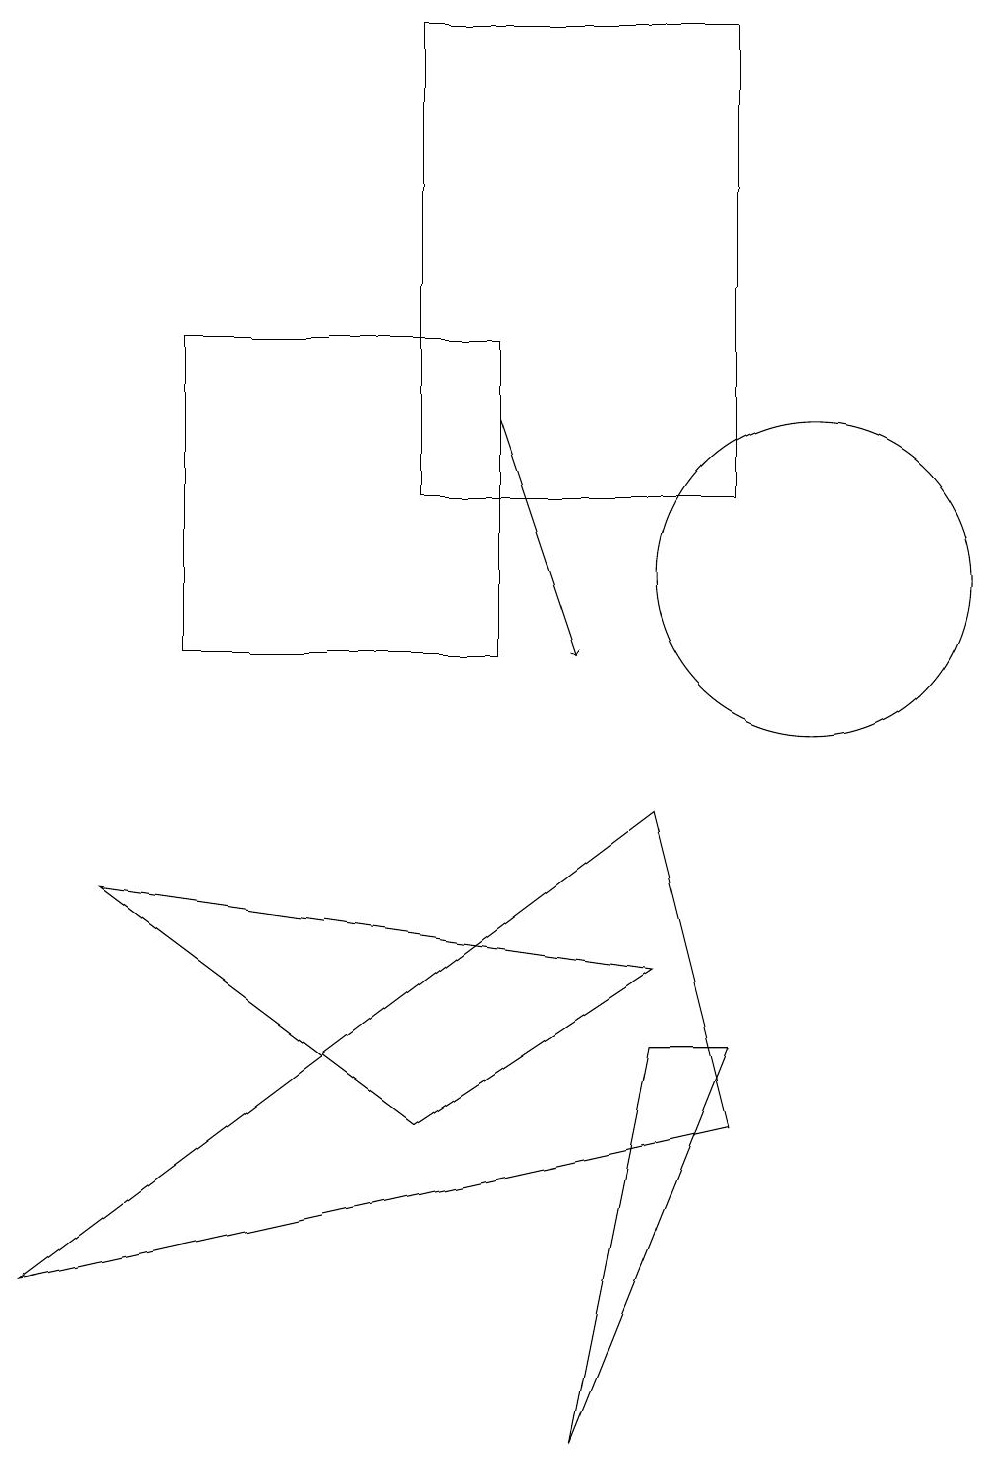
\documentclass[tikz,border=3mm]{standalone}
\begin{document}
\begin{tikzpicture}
\draw (7,0) -- (9,5) -- (8,5) -- cycle;
\draw (5,18) rectangle (9,12);
\draw[->] (6,13) -- (7,10);
\draw (9,4) -- (8,8) -- (0,2) -- cycle;
\draw (8,6) -- (1,7) -- (5,4) -- cycle;
\draw (10,11) circle (2);
\draw (6,14) rectangle (2,10);
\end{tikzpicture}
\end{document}